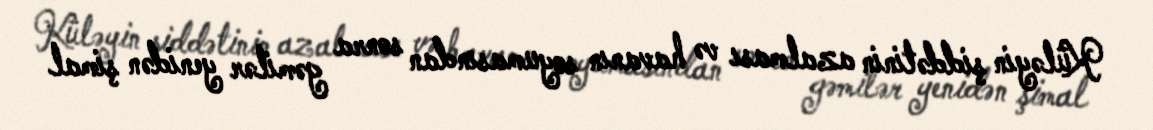
Küləyin şiddətinin azalması və havanın soyumasından sonra gəmilər yenidən şimal